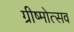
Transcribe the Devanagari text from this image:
ग्रीष्मोत्सव